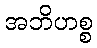
အဘိဟစ္စ